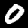
Label: 0